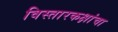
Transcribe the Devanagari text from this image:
विस्तारकक्षांचा